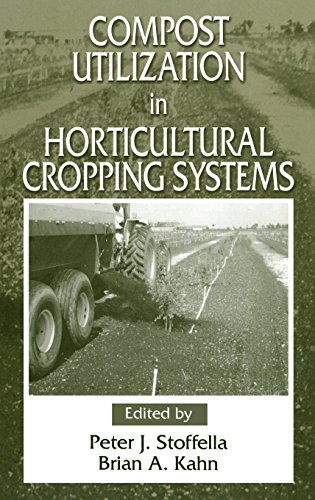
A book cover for Compost Utilization In Horticultural Cropping Systems; Crafts, Hobbies & Home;